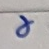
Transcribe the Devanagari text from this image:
८